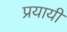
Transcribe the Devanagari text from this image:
प्रयायी